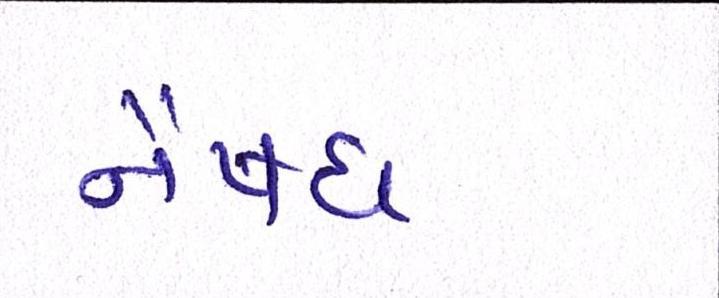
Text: નૈષધ